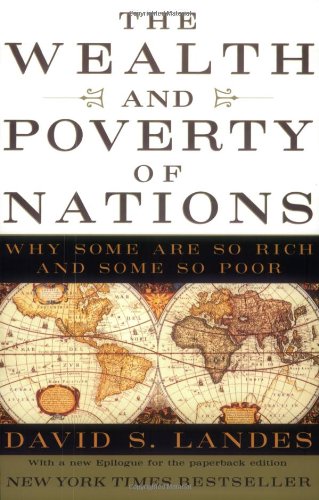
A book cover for The Wealth and Poverty of Nations: Why Some Are So Rich and Some So Poor; David S. Landes; Business & Money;